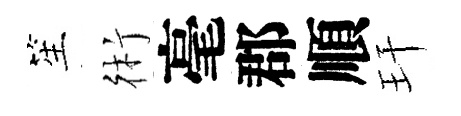
笙術毫郡順玕